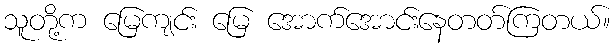
သူတို့က မြေကျင်း မြေ အောက်အောင်းနေတတ်ကြတယ်။